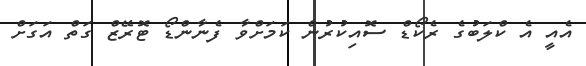
އެއީ އެ ކްލަބުގެ ރެކޯޑް ސޮއިކުރުން ކަމަށްވާ ފެނާންޑޯ ޓޮރޭޒް ގަތް އަގަށް